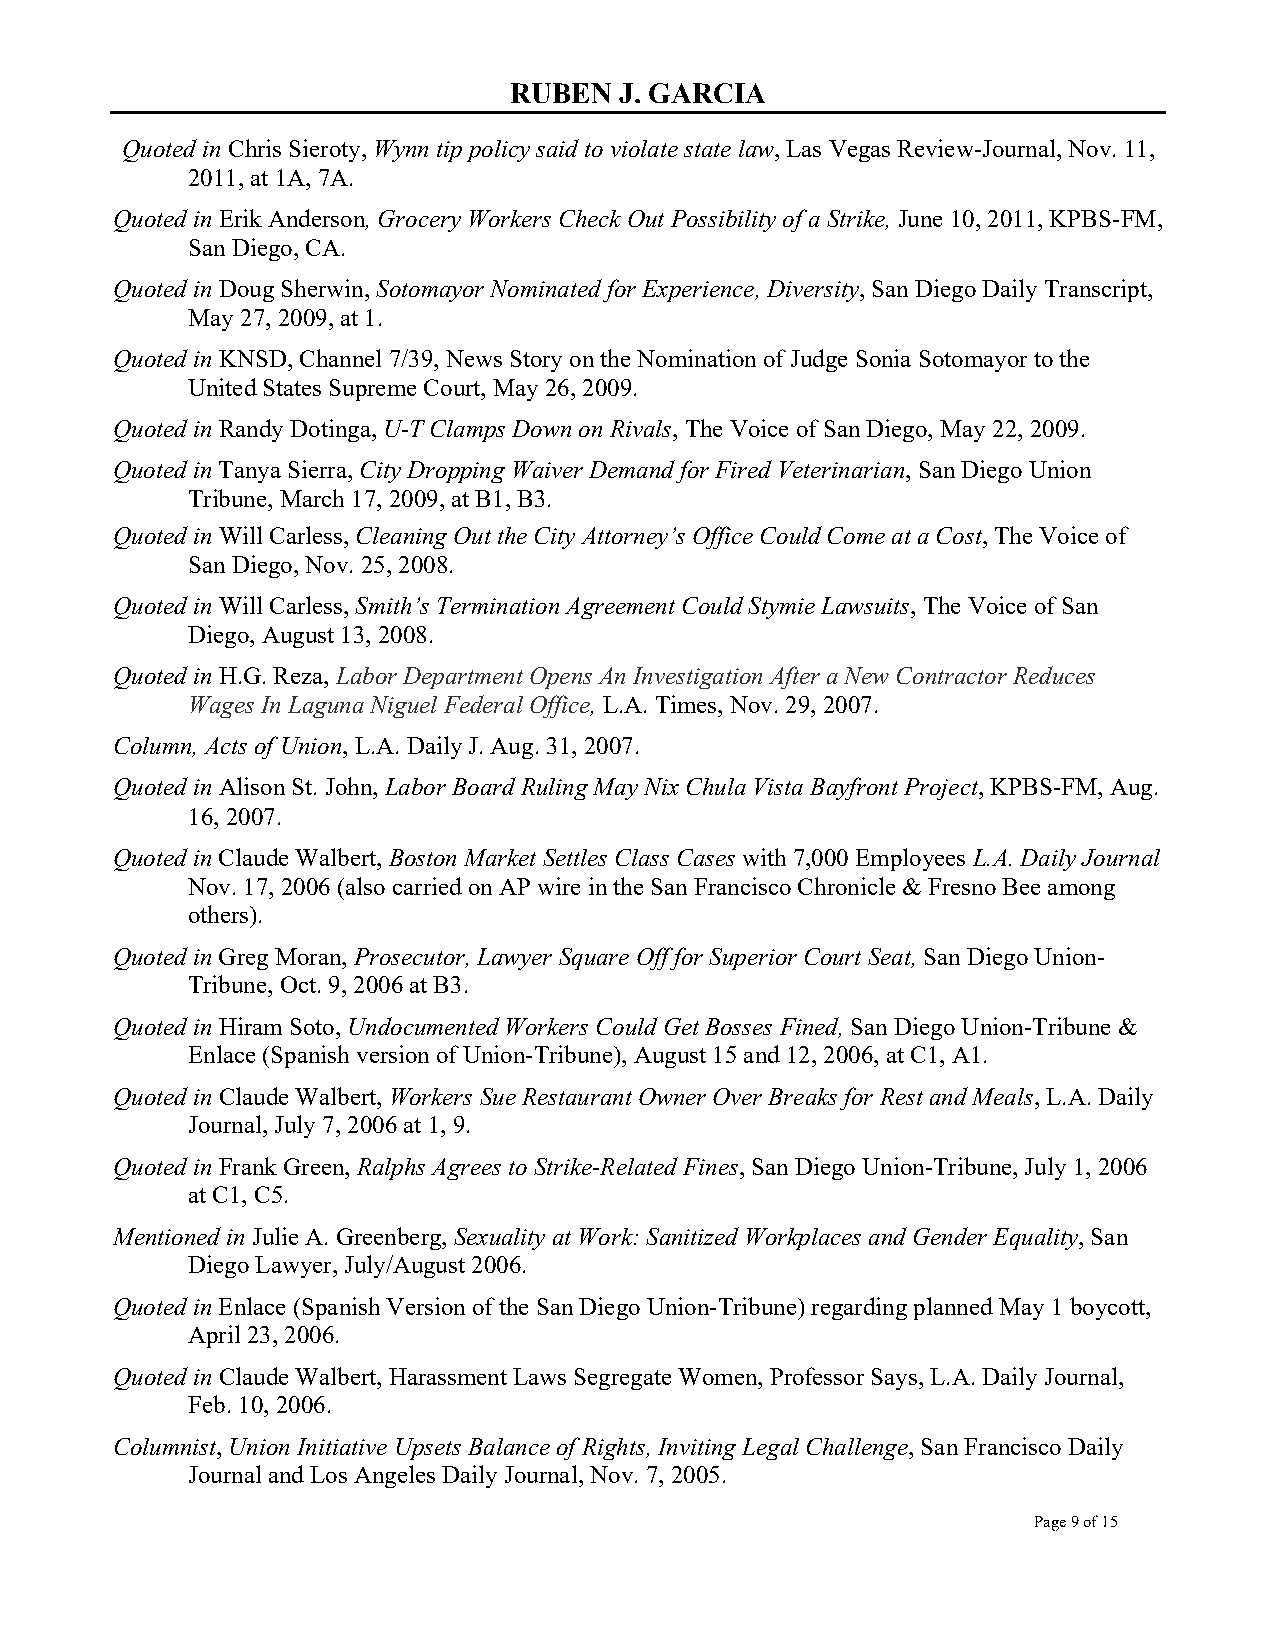
RUBEN  J. GARCIA
 Quoted in Chris Sieroty, Wynn tip policy said to violate state law, Las Vegas Review-Journal, Nov. 11,
 2011, at 1A, 7A.
 Quoted in Erik Anderson, Grocery Workers Check Out Possibility of a Strike, June 10, 2011, KPBS-FM,
 San Diego, CA.
 Quoted in Doug Sherwin, Sotomayor Nominated for Experience, Diversity, San Diego Daily Transcript,
 May 27, 2009, at 1.
 Quoted in KNSD, Channel 7/39, News Story on the Nomination of Judge Sonia Sotomayor to the
 United States Supreme Court, May 26, 2009.
 Quoted in Randy Dotinga, U-T Clamps Down on Rivals, The Voice of San Diego, May 22, 2009.
 Quoted in Tanya Sierra, City Dropping Waiver Demand for Fired Veterinarian, San Diego Union
 Tribune, March 17, 2009, at B1, B3.
 Quoted in Will Carless, Cleaning Out the City Attorney’s Office Could Come at a Cost, The Voice of
 San Diego, Nov. 25, 2008.
 Quoted in Will Carless, Smith’s Termination Agreement Could Stymie Lawsuits, The Voice of San
 Diego, August 13, 2008.
 Quoted in H.G. Reza, Labor Department Opens An Investigation After a New Contractor Reduces
 Wages In Laguna Niguel Federal Office, L.A. Times, Nov. 29, 2007.
 Column, Acts of Union, L.A. Daily J. Aug. 31, 2007.
 Quoted in Alison St. John, Labor Board Ruling May Nix Chula Vista Bayfront Project, KPBS-FM, Aug.
 16, 2007.
 Quoted in Claude Walbert, Boston Market Settles Class Cases with 7,000 Employees L.A. Daily Journal
 Nov. 17, 2006 (also carried on AP wire in the San Francisco Chronicle & Fresno Bee among
 others).
 Quoted in Greg Moran, Prosecutor, Lawyer Square Off for Superior Court Seat, San Diego Union-
 Tribune, Oct. 9, 2006 at B3.
 Quoted in Hiram Soto, Undocumented Workers Could Get Bosses Fined, San Diego Union-Tribune &
 Enlace (Spanish version of Union-Tribune), August 15 and 12, 2006, at C1, A1.
 Quoted in Claude Walbert, Workers Sue Restaurant Owner Over Breaks for Rest and Meals, L.A. Daily
 Journal, July 7, 2006 at 1, 9.
 Quoted in Frank Green, Ralphs Agrees to Strike-Related Fines, San Diego Union-Tribune, July 1, 2006
 at C1, C5.
 Mentioned in Julie A. Greenberg, Sexuality at Work: Sanitized Workplaces and Gender Equality, San
 Diego Lawyer, July/August 2006.
 Quoted in Enlace (Spanish Version of the San Diego Union-Tribune) regarding planned May 1 boycott,
 April 23, 2006.
 Quoted in Claude Walbert, Harassment Laws Segregate Women, Professor Says, L.A. Daily Journal,
 Feb. 10, 2006.
 Columnist, Union Initiative Upsets Balance of Rights, Inviting Legal Challenge, San Francisco Daily
 Journal and Los Angeles Daily Journal, Nov. 7, 2005.
 Page 9 of 15